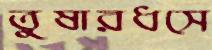
তুষারধসে